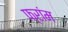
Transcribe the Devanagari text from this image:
फ्रांम